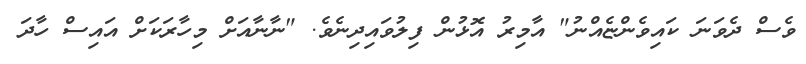
ވެސް ދެވަނަ ކައިވެންޏެއްނު" އާމިރު އޮޅުން ފިލުވައިދިނެވެ. "ނާނާއަށް މިހާރަކަށް އައިސް ހާދަ